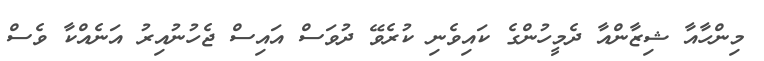
މިންހާއާ ޝިޒާންއާ ދެމީހުންގެ ކައިވެނި ކުރެވޭ ދުވަސް އައިސް ޖެހުނުއިރު އަނެއްކާ ވެސް